Vaccination report Assam 1896-1927 - 1896-1927
Year: 1896
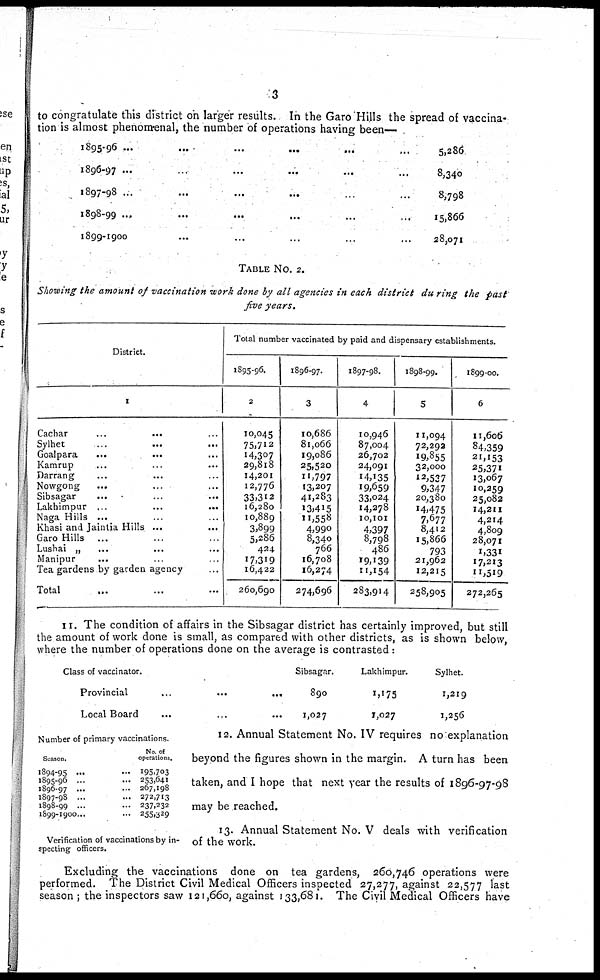
3
to congratulate this district on larger results. In the Garo Hills the spread of vaccina-
tion is almost phenomenal, the number of operations having been—
1895-96 ...
...
...
...
...
...
5,286
1896-97 ...
...
...
...
...
...
8,340
1897-98 ...
...
...
...
...
...
8,798
1898-99 ...
...
...
...
...
...
15,866
1899-1900
...
...
...
...
...
28,071
TABLE No. 2.
Showing the amount of vaccination work done by all agencies in each district during the past
five years.
District.
1
Cachar
...
...
...
Sylhet
...
...
...
Goalpara
...
...
...
Kamrup ... ... ...
Darrang ... ... ...
Nowgong ... ... ...
Sibsagar ... ... ...
Lakhimpur ...
...
...
Naga Hills ... ... ...
Khasi and Jaintia Hills ... ...
Garo Hills ... ... ...
Lusbai ... ... ...
Manipur
... ... ...
Tea gardens by garden agency ...
Total
...
...
...
Total number vaccinated by paid and dispensary establishments.
1895-96.
2
10,045
75,712
14,307
29,818
14,201
12,776
33,312
16,280
10,889
3,899
5,286
424
17,319
16,422
260,690
1896-97.
3
10,686
81,066
19,086
25,520
11,797
13,207
41,283
13,415
11,558
4,990
8,340
766
16,708
16,274
274,696
1897-98.
4
10,946
87,004
26,702
24,091
14,135
19,659
33,024
14,278
10,101
4,397
8,798
486
19,139
11,154
283,914
1898-99.
5
11,094
72,292
19,855
32,000
12,537
9,347
20,380
14,475
7,677
8,412
15,866
793
21,962
12,215
258,905
1899-00.
6
11,606
84,359
21,153
25,371
13,067
10,259
25,082
74,211
4,214
4,809
28,071
1,331
17,213
11,519
272,265
11. The condition of affairs in the Sibsagar district has certainly improved, but still
the amount of work done is small, as compared with other districts, as is shown below,
where the number of operations done on the average is contrasted:
Class of vaccinator.
Provincial
...
...
...
Local Board
Sibsagar.
890
1,027
Lakhimpur.
1,175
1,027
Sylhet.
1,219
1,256
Number of primary vaccinations.
Season.
1894-95 ... ...
1895-96 ... ...
1896-97 ... ...
1897-98 ... ...
1898-99 ... ...
1899-1900...
No. of
operations.
195,703
253,641
267,198
272,713
237,232
255,329
12. Annual Statement No. IV requires no explanation
beyond the figures shown in the margin. A turn has been
taken, and I hope that next year the results of 1896-97-98
may be reached.
Verification of vaccinations by in-
specting officers.
13. Annual Statement No. V deals with verification
of the work.
Excluding the vaccinations done on tea gardens, 260,746 operations were
performed. The District Civil Medical Officers inspected 27,277, against 22,577 last
season ; the inspectors saw 121,660, against 133,681. The Civil Medical Officers have